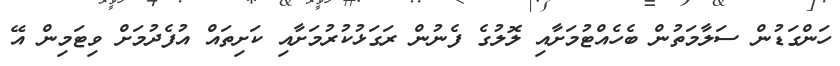
ހަންގަޑުން ސަލާމަތުން ބެހެއްޓުމަށާއި ލޮލުގެ ފެނުން ރަގަޅުކުރުމަށާއި ކަށިތައް އުފެދުމަށް ވިޓަމިން އޭ